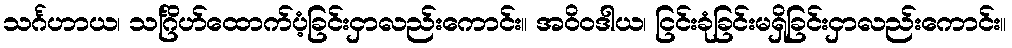
သင်္ဂဟာယ၊ သင်္ဂြိဟ်ထောက်ပံ့ခြင်းငှာလည်းကောင်း။ အဝိဝဒါယ၊ ငြင်းခုံခြင်းမရှိခြင်းငှာလည်းကောင်း။